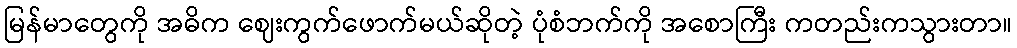
မြန်မာတွေကို အဓိက ဈေးကွက်ဖောက်မယ်ဆိုတဲ့ ပုံစံဘက်ကို အစောကြီး ကတည်းကသွားတာ။